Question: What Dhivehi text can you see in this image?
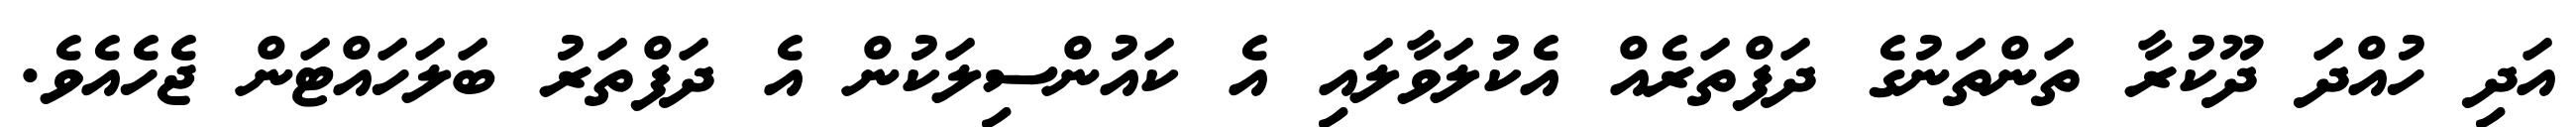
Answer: އަދި ހުއްދަ ދޫކުރާ ތަންތަނުގެ ދަފްތަރެއް އެކުލަވާލައި އެ ކައުންސިލަކުން އެ ދަފްތަރު ބަލަހައްޓަން ޖެހެއެވެ.